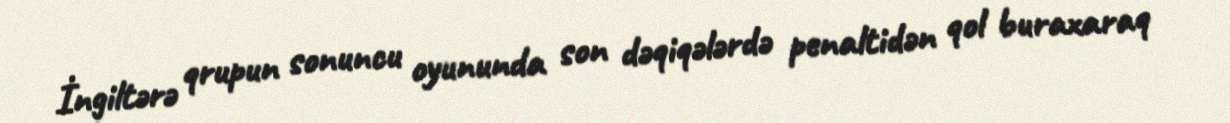
İngiltərə qrupun sonuncu oyununda son dəqiqələrdə penaltidən qol buraxaraq